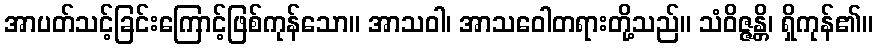
အာပတ်သင့်ခြင်းကြောင့်ဖြစ်ကုန်သော။ အာသဝါ၊ အာသဝေါတရားတို့သည်။ သံဝိဇ္ဇန္တိ၊ ရှိကုန်၏။